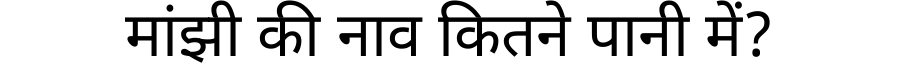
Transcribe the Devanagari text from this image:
मांझी की नाव कितने पानी में?